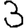
Digit: 3